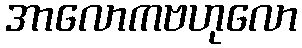
အာလောကဗဟုလော